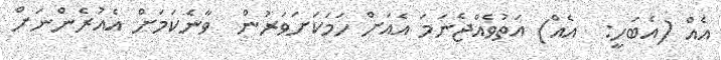
އެއް (އެބަހީ:  އެއް) އަތުވެއްޖެނަމަ އެއަށް ހަމަކަށަވަރުން  ވާނެކަމަށް އެއުރެންނަށް